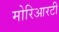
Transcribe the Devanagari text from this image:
मोरिआरटी